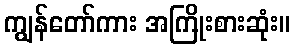
ကျွန်တော်ကား အကြိုးစားဆုံး။